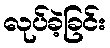
လုပ်ခဲ့ခြင်း